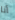
أنا